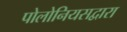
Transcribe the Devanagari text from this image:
पोलोनियसद्वारा